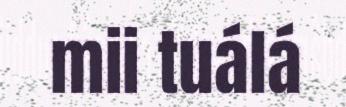
mii tuálá